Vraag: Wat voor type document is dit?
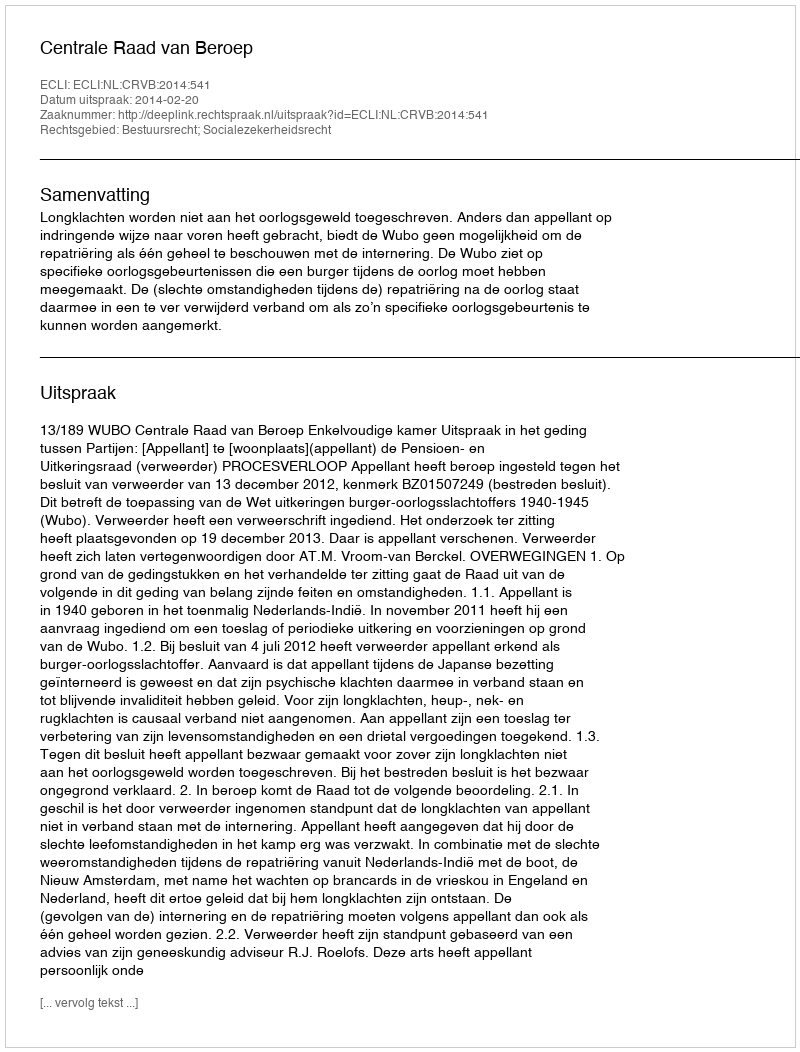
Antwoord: Uitspraak